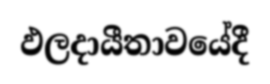
ඵලදායීතාවයේදී